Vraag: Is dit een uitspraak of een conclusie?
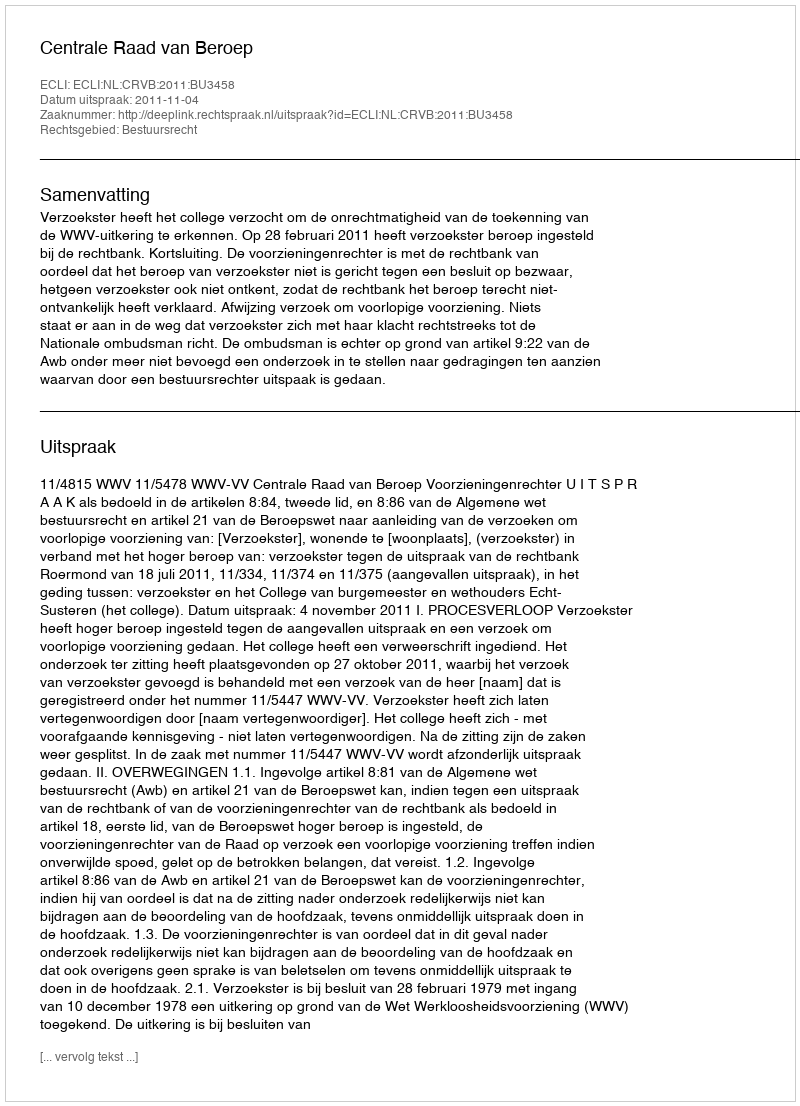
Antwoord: Uitspraak